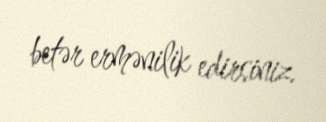
betər ermənilik edirsiniz.